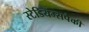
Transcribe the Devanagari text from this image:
स्टेडियम्सपैकी